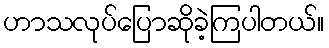
ဟာသလုပ်ပြောဆိုခဲ့ကြပါတယ်။